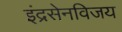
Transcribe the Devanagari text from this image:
इंद्रसेनविजय